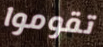
تقوموا